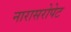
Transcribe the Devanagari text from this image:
नारासरोपेट